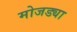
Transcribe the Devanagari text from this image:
मोजड्या